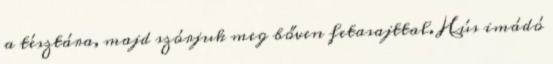
a tésztára, majd szórjuk meg bőven fetasajttal. Hús imádó